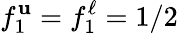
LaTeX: f_{1}^{\mathbf{u}}=f_{1}^{\ell}=1/2